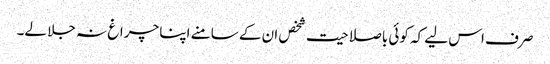
صرف اس لیے کہ کوئی باصلاحیت شخص ان کے سامنے اپنا چراغ نہ جلا لے۔